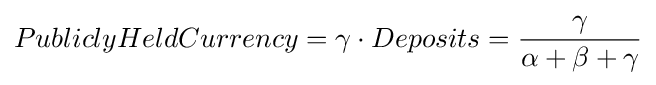
PubliclyHeldCurrency=\gamma \cdot Deposits={\frac {\gamma }{\alpha +\beta +\gamma }}